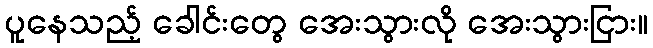
ပူနေသည့် ခေါင်းတွေ အေးသွားလို အေးသွားငြား။